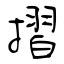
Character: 摺